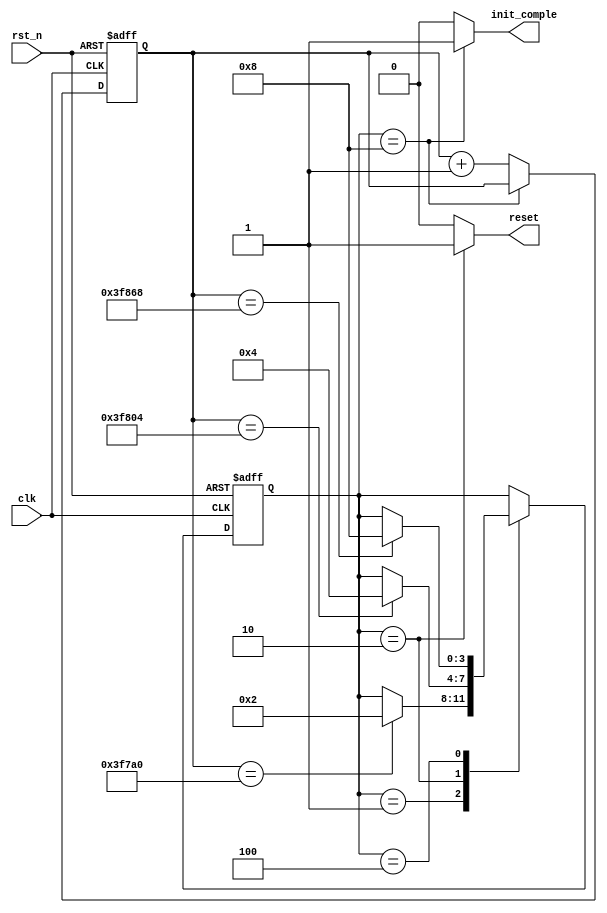
// This is a simple example.
// You can make a your own header file and set its path to settings.
// (Preferences > Package Settings > Verilog Gadget > Settings - User)
//
//		"header": "Packages/Verilog Gadget/template/verilog_header.v"
//
// -----------------------------------------------------------------------------
// Copyright (c) 2014-2023 All rights reserved
// -----------------------------------------------------------------------------
// Create : 2023-10-28 09:21:44
// Revise : 2023-10-28 09:21:44
// Editor : sublime text4, tab size (4)
// Descri : ADS42LB69ADC250MHz
// -----------------------------------------------------------------------------
module ADC_Init 
#(	//ADC
	parameter pow_on_delay = 24'd260_000,
	parameter reset_wid = 24'd260_100,	// 10ns <= time <= 1us
	parameter regist_delay = 24'd260_200
)
(
	input clk,    			// Clock
	input rst_n,  			// Asynchronous reset active low
	output init_comple,	//ADC
	output reset			//
);

	reg [23:0] cnt_time_min;

	//
	parameter IDLE = 4'b0001;
	parameter RESET = 4'b0010;
	parameter WRDELAY = 4'b0100;
	parameter COMPLE = 4'b1000;

	reg [3:0] init_status;

	/*cnt_time_min*/
	always @(posedge clk or negedge rst_n) begin
		if(~rst_n) begin
			cnt_time_min <= 0;
		end else if(init_status == COMPLE) begin
			cnt_time_min <= cnt_time_min;
		end else begin
			cnt_time_min <= cnt_time_min + 24'd1;
		end
	end

	/*init_status transition*/
	always @(posedge clk or negedge rst_n) begin : proc_init_status
		if(~rst_n) begin
			init_status <= IDLE;
		end else begin
			case(init_status)
				IDLE : init_status <= (cnt_time_min == pow_on_delay) ? RESET : init_status;
				RESET : init_status <= (cnt_time_min == reset_wid) ? WRDELAY : init_status;
				WRDELAY : init_status <= (cnt_time_min == regist_delay) ? COMPLE : init_status;
				COMPLE : init_status <= init_status;
				default : init_status <= init_status;
			endcase
		end
	end

	/*output reset*/
	assign reset = (init_status == RESET) ? 1'd1 : 1'd0;

	/*output init_comple*/
	assign init_comple = (init_status == COMPLE) ? 1'd1 : 1'd0;

endmodule